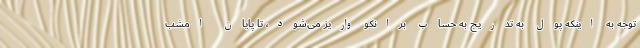
توجه به اینکه پول به تدریج به حساب برانکو واریز می‌شود، تا پایان امشب